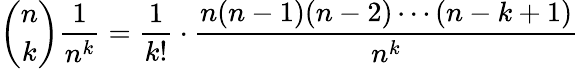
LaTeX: {\binom{n}{k}}{\frac{1}{n^{k}}}={\frac{1}{k!}}\cdot{\frac{n(n-1)(n-2)\cdots(n-k+1)}{n^{k}}}